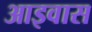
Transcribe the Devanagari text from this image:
आइवास